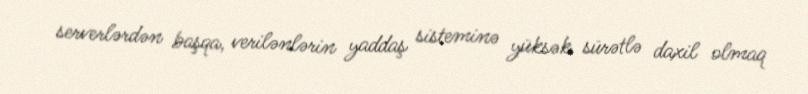
serverlərdən başqa, verilənlərin yaddaş sisteminə yüksək sürətlə daxil olmaq